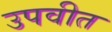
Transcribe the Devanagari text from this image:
उपवीत